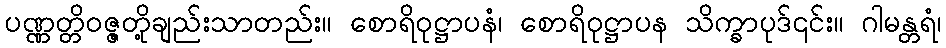
ပဏ္ဏတ္တိဝဇ္ဇတို့ချည်းသာတည်း။ စောရိဝုဋ္ဌာပနံ၊ စောရိဝုဋ္ဌာပန သိက္ခာပုဒ်၎င်း။ ဂါမန္တရံ၊